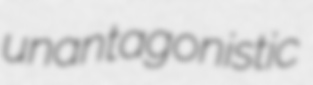
unantagonistic